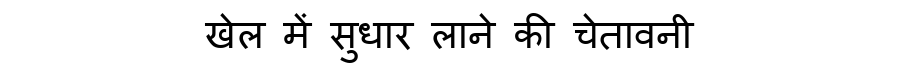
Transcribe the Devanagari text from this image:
खेल में सुधार लाने की चेतावनी